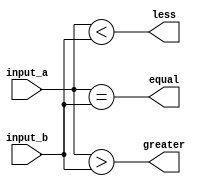
module eight_bit_comparator (
    input [7:0] input_a,
    input [7:0] input_b,
    output equal,
    output greater,
    output less
);

assign equal = (input_a == input_b);
assign greater = (input_a > input_b);
assign less = (input_a < input_b);

endmodule